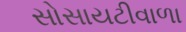
સોસાયટીવાળા